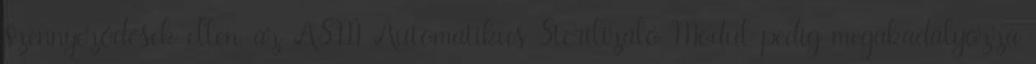
szennyeződések ellen, az ASM Automatikus Sterilizáló Modul pedig megakadályozza